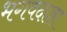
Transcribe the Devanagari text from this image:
भगवदाज्ञा